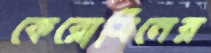
কেরোসিনের